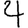
Digit: 4